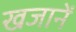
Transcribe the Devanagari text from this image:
खजानें